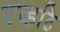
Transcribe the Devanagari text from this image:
एव्हढि